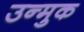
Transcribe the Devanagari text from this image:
उन्मुक